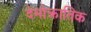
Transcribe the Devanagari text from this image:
देमोक्रातिक